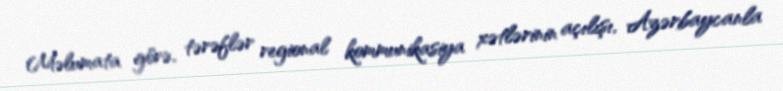
Məlumata görə, tərəflər regional kommunikasiya xətlərinin açılışı, Azərbaycanla